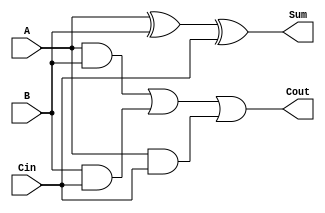
module full_adder (
    input wire A,      // One bit input A
    input wire B,      // One bit input B
    input wire Cin,    // One bit carry-in
    output wire Sum,   // One bit output Sum
    output wire Cout   // One bit output Carry-out
);

// Behavioral description of the full adder
assign Sum = A ^ B ^ Cin;  // Sum = A XOR B XOR Cin
assign Cout = (A & B) | (B & Cin) | (A & Cin); // Cout = (A AND B) OR (B AND Cin) OR (A AND Cin)

endmodule